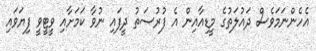
އެހެންނަމަވެސް ދައުލަތުގެ މީޑިއާއިން އެ ފުރުސަތު ދީފައި ނުވާ ކަމަށާއި ވީޓީވީ ފިޔަވައި